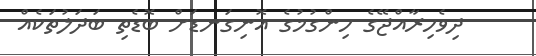
ދިވެހިރާއްޖޭގެ ހިންގުމުގެ އޮނިގަނޑަށް ބޮޑެތި ބަދަލުތަކެއް